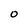
Character: O